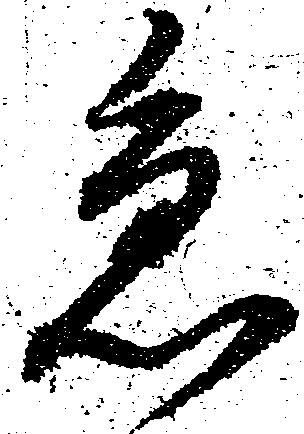
急